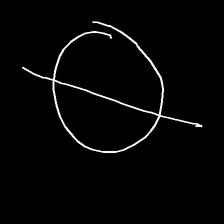
Glyph: orb